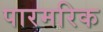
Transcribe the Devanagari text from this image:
पारमरिक